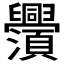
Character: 𬜃